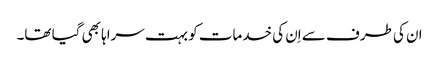
ان کی طرف سے اِن کی خدمات کو بہت سراہا بھی گیا تھا۔